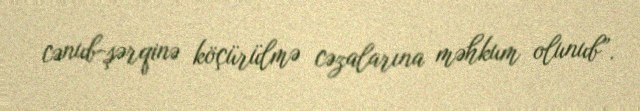
cənub-şərqinə köçürülmə cəzalarına məhkum olunub”.